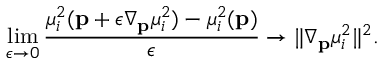
\operatorname* { l i m } _ { \epsilon \rightarrow 0 } \frac { \mu _ { i } ^ { 2 } ( \mathbf { p } + \epsilon \nabla _ { \mathbf { p } } \mu _ { i } ^ { 2 } ) - \mu _ { i } ^ { 2 } ( \mathbf { p } ) } { \epsilon } \rightarrow \| \nabla _ { \mathbf { p } } \mu _ { i } ^ { 2 } \| ^ { 2 } .